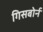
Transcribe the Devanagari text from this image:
गिसबोर्न